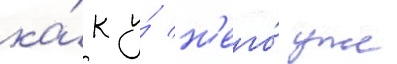
ка́к у́ н'его́ уже